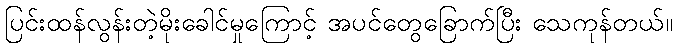
ပြင်းထန်လွန်းတဲ့မိုးခေါင်မှုကြောင့် အပင်တွေခြောက်ပြီး သေကုန်တယ်။